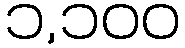
၁,၁၀၀